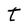
Character: t